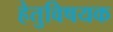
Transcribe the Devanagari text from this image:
हेतुविषयक